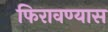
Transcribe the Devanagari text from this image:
फिरावण्यास